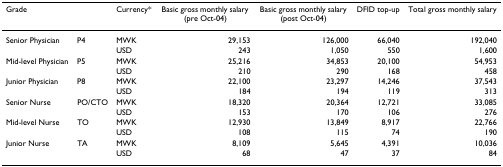
<table><thead><tr><td><b>Grade</b></td><td></td><td><b>Currency*</b></td><td><b>Basic gross monthly salary (pre Oct-04)</b></td><td><b>Basic gross monthly salary (post Oct-04)</b></td><td><b>DFID top-up</b></td><td><b>Total gross monthly salary</b></td></tr></thead><tbody><tr><td>Senior Physician</td><td>P4</td><td>MWK</td><td>29,153</td><td>126,000</td><td>66,040</td><td>192,040</td></tr><tr><td></td><td></td><td>USD</td><td>243</td><td>1,050</td><td>550</td><td>1,600</td></tr><tr><td>Mid-level Physician</td><td>P5</td><td>MWK</td><td>25,216</td><td>34,853</td><td>20,100</td><td>54,953</td></tr><tr><td></td><td></td><td>USD</td><td>210</td><td>290</td><td>168</td><td>458</td></tr><tr><td>Junior Physician</td><td>P8</td><td>MWK</td><td>22,100</td><td>23,297</td><td>14,246</td><td>37,543</td></tr><tr><td></td><td></td><td>USD</td><td>184</td><td>194</td><td>119</td><td>313</td></tr><tr><td>Senior Nurse</td><td>PO/CTO</td><td>MWK</td><td>18,320</td><td>20,364</td><td>12,721</td><td>33,085</td></tr><tr><td></td><td></td><td>USD</td><td>153</td><td>170</td><td>106</td><td>276</td></tr><tr><td>Mid-level Nurse</td><td>TO</td><td>MWK</td><td>12,930</td><td>13,849</td><td>8,917</td><td>22,766</td></tr><tr><td></td><td></td><td>USD</td><td>108</td><td>115</td><td>74</td><td>190</td></tr><tr><td>Junior Nurse</td><td>TA</td><td>MWK</td><td>8,109</td><td>5,645</td><td>4,391</td><td>10,036</td></tr><tr><td></td><td></td><td>USD</td><td>68</td><td>47</td><td>37</td><td>84</td></tr></tbody></table>